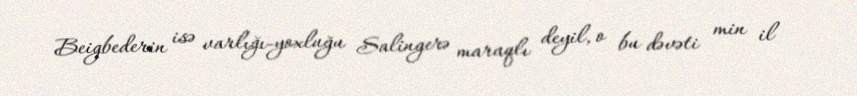
Beigbederin isə varlığı-yoxluğu Salingerə maraqlı deyil, o bu dəvəti min il